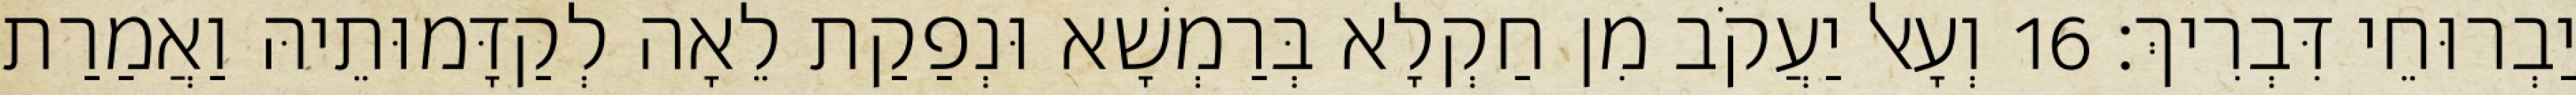
יַבְרוּחֵי דִּבְרִיךְ׃ 16 וְעָאל יַעֲקֹב מִן חַקְלָא בְּרַמְשָׁא וּנְפַקַת לֵאָה לְקַדָּמוּתֵיהּ וַאֲמַרַת